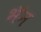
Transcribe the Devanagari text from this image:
भॅन